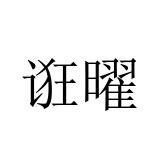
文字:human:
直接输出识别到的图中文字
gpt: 诳曜